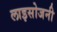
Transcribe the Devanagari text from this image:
लाइसोजनी